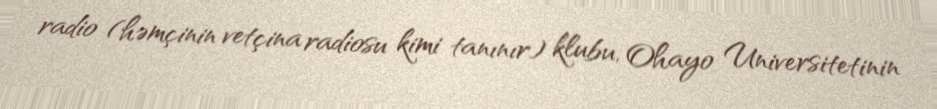
radio (həmçinin vetçina radiosu kimi tanınır) klubu, Ohayo Universitetinin